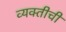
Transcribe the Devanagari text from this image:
व्‍यक्‍तीची